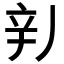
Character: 𲅄